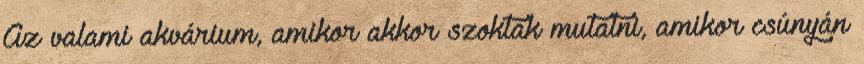
Az valami akvárium, amikor akkor szoktak mutatni, amikor csúnyán